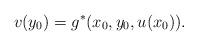
LaTeX: \begin{align*} v(y_0) = g^*(x_0,y_0,u(x_0)). \end{align*}